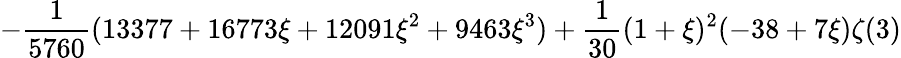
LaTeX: \displaystyle-\frac{1}{5760}(13377+16773\xi+12091\xi^{2}+9463\xi^{3})+\frac{1}{30}(1+\xi)^{2}(-38+7\xi)\zeta(3)